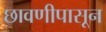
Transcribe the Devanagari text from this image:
छावणीपासून